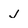
Character: j